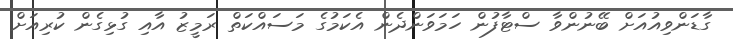
ގާޑަންވިއުއަށް ބޭނުންވާ ސްޓާފުން ހަމަވަންދެން އެކަމުގެ މަސައްކަތް ރަމީޒު އާއި ގުޅިގެން ކުރިއަށް